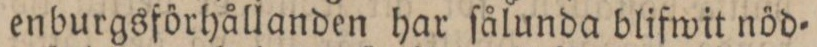
enburgsförhållanden har ſålunda blifwit nöd=